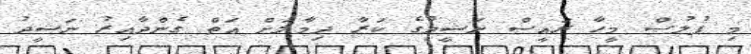
މި ފުލުސް މީހާ ރައީސް ނަޝީދުގެ ކަރާ ދިމާލަށް އަތް ގެންދާއިރު ނަޝީދު